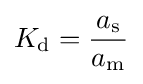
K_{\mathrm {d} }={\frac {a_{\mathrm {s} }}{a_{\mathrm {m} }}}